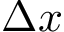
\Delta x